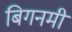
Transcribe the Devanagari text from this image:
बिगनमी